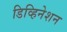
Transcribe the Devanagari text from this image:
डिव्हिनेशन